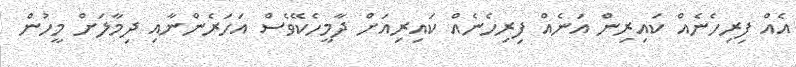
އެއް ފިރިހެނެއް ކައިރިން އަނެއް ފިރިހެނެއް ކައިރިއަށް ދާމީހެކޭވެސް އަަހަރެންނާއި ދިމާލަށް މީހުން